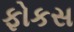
ફોકસ